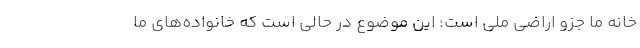
خانه‌ ما جزو اراضی ملی است؛ این موضوع در حالی است که خانواده‌های ما